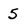
Character: 5